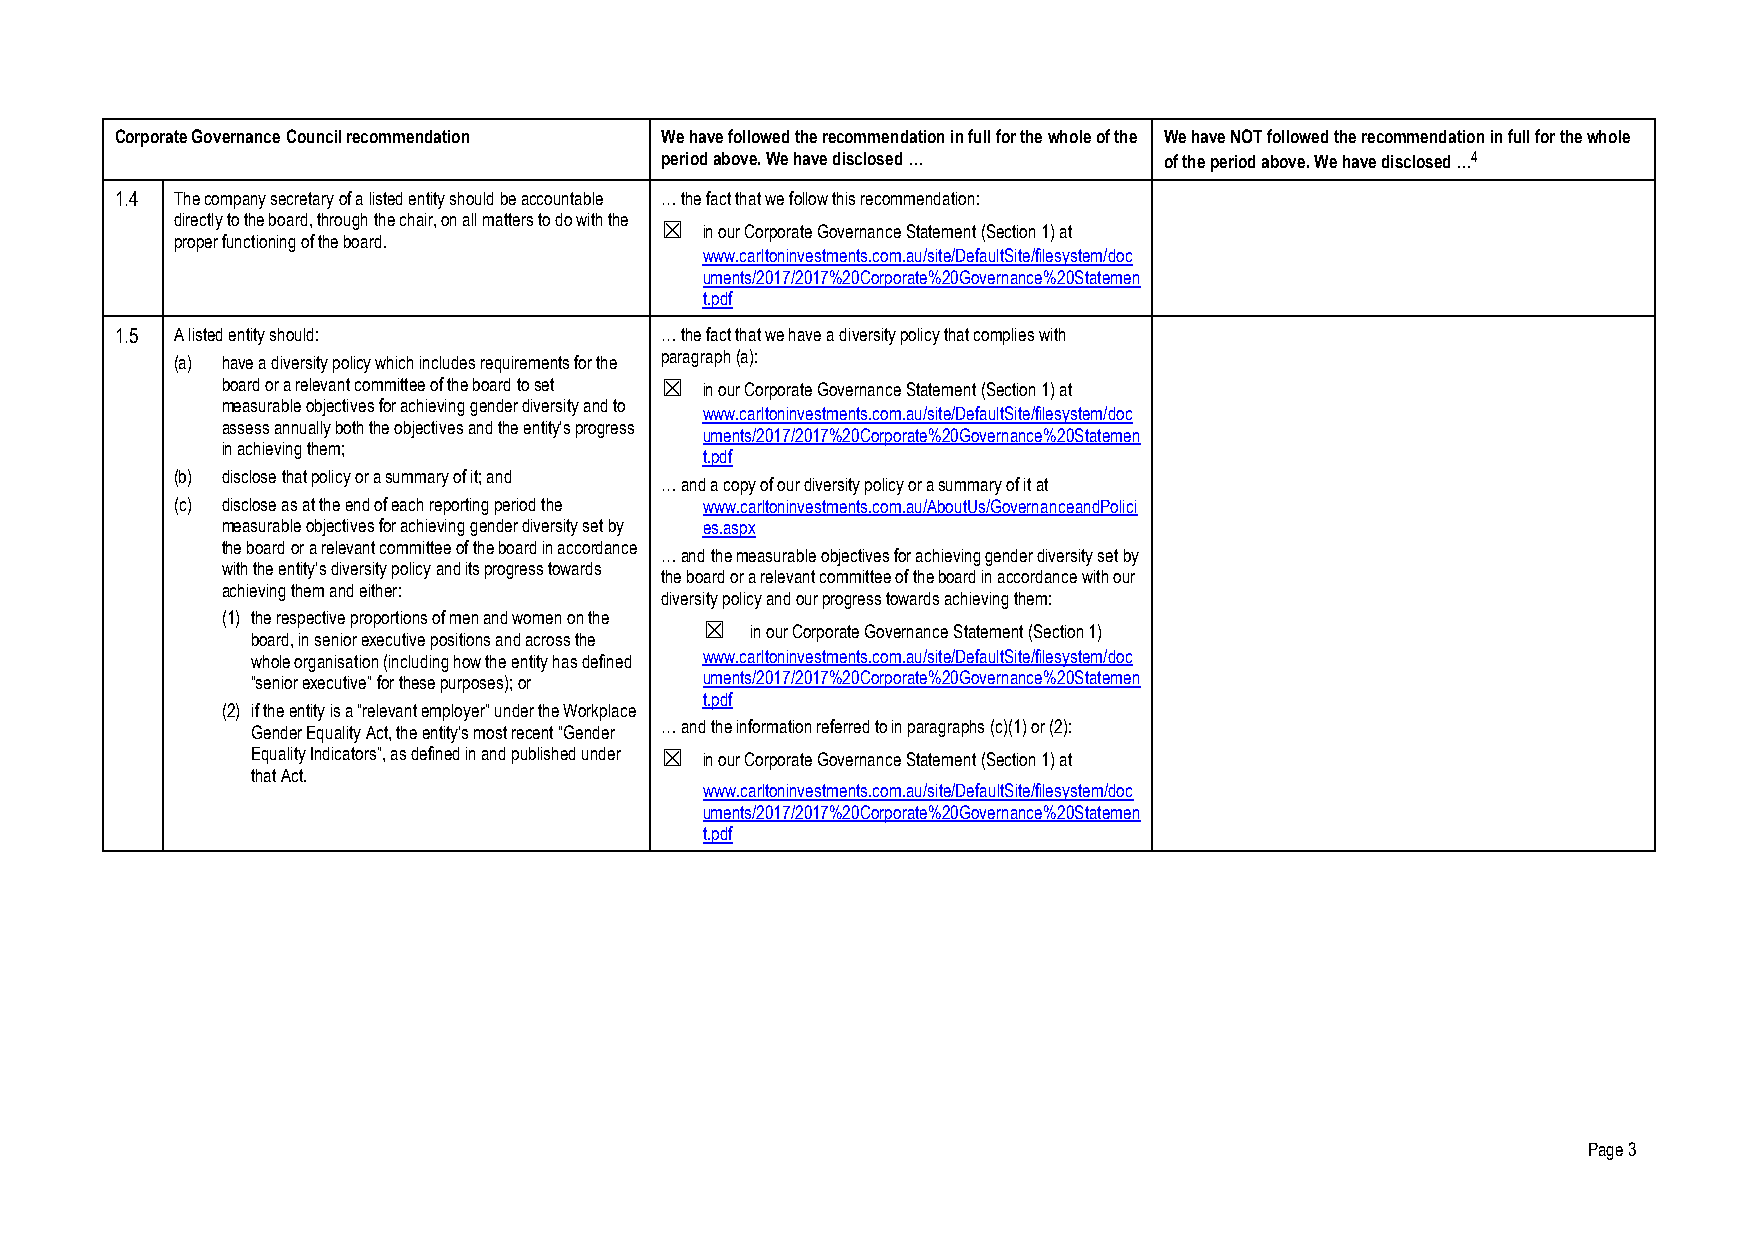
Corporate Governance Council recommendation We have followed the recommendation in full for the whole of the We have NOT followed the recommendation in full for the whole
 period above. We have disclosed … of the period above. We have disclosed …4
 1.4 The company secretary of a listed entity should be accountable … the fact that we follow this recommendation:
 directly to the board, through the chair, on all matters to do with the
 ☒  in our Corporate Governance Statement (Section 1) at
 proper functioning of the board.
 www.carltoninvestments.com.au/site/DefaultSite/filesystem/doc
 uments/2017/2017%20Corporate%20Governance%20Statemen
 t.pdf
 1.5 A listed entity should:         … the fact that we have a diversity policy that complies with
 (a) have a diversity policy which includes requirements for the paragraph (a):
 board or a relevant committee of the board to set ☒ in our Corporate Governance Statement (Section 1) at
 measurable objectives for achieving gender diversity and to
 www.carltoninvestments.com.au/site/DefaultSite/filesystem/doc
 assess annually both the objectives and the entity’s progress
 uments/2017/2017%20Corporate%20Governance%20Statemen
 in achieving them;
 t.pdf
 (b) disclose that policy or a summary of it; and
 … and a copy of our diversity policy or a summary of it at
 (c) disclose as at the end of each reporting period the www.carltoninvestments.com.au/AboutUs/GovernanceandPolici
 measurable objectives for achieving gender diversity set by es.aspx
 the board or a relevant committee of the board in accordance
 … and the measurable objectives for achieving gender diversity set by
 with the entity’s diversity policy and its progress towards
 the board or a relevant committee of the board in accordance with our
 achieving them and either:
 diversity policy and our progress towards achieving them:
 (1) the respective proportions of men and women on the
 ☒  in our Corporate Governance Statement (Section 1)
 board, in senior executive positions and across the
 whole organisation (including how the entity has defined www.carltoninvestments.com.au/site/DefaultSite/filesystem/doc
 “senior executive” for these purposes); or uments/2017/2017%20Corporate%20Governance%20Statemen
 t.pdf
 (2) if the entity is a “relevant employer” under the Workplace
 Gender Equality Act, the entity’s most recent “Gender … and the information referred to in paragraphs (c)(1) or (2):
 Equality Indicators”, as defined in and published under ☒ in our Corporate Governance Statement (Section 1) at
 that Act.
 www.carltoninvestments.com.au/site/DefaultSite/filesystem/doc
 uments/2017/2017%20Corporate%20Governance%20Statemen
 t.pdf
 Page 3